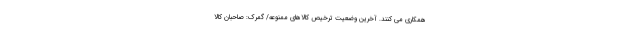
همکاری می کنند. آخرین وضعیت ترخیص کالاهای ممنوعه/ گمرک: صاحبان کالا